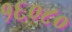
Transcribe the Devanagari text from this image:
१६०८०